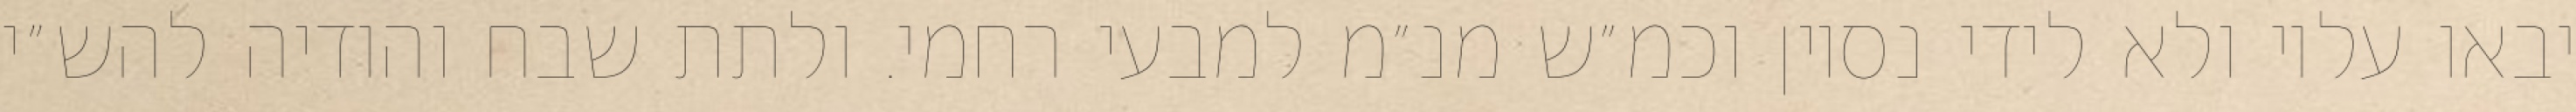
יבאו עליו ולא לידי נסיון וכמ״ש מנ״מ למבעי רחמי. ולתת שבח והודיה להש״י